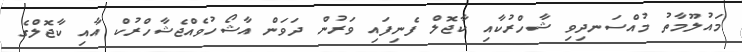
މައުލޫމާތު މުއްސަނދިވި ޝާހްރުކާއި ކާޖޮލް ފެނިފައި ވަރުން ދަވަން އާޝޯހުވެއްޖެޝާހްރުކް އާއި ކާޖޮލްގެ